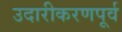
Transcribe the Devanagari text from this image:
उदारीकरणपूर्व